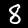
Digit: 8